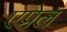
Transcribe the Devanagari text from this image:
एप्रेल